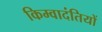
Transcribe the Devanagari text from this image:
किम्वादंतियों